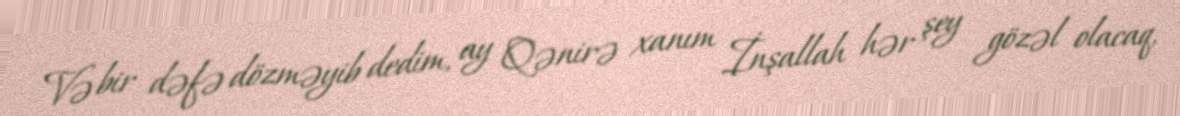
Və bir dəfə dözməyib dedim, ay Qənirə xanım İnşallah hər şey gözəl olacaq,